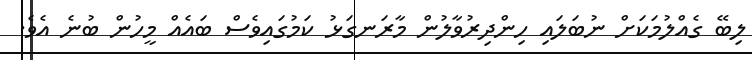
ލިބޭ ގެއްލުމަކަށް ނުބަލައި ހިންދިރުވާލުން މާރަނގަޅު ކަމުގައިވެސް ބައެއް މީހުން ބުނެ އެވެ.